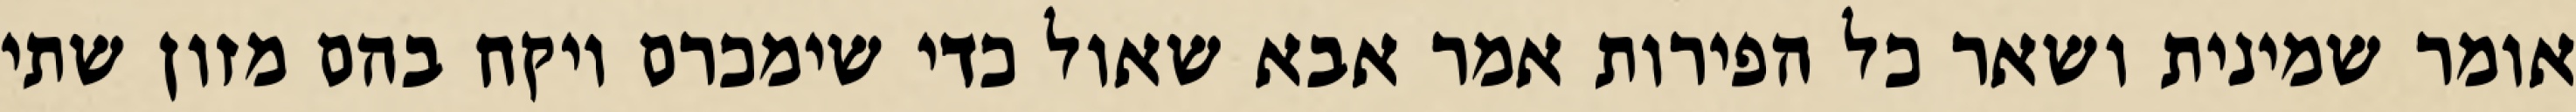
אומר שמינית ושאר כל הפירות אמר אבא שאול כדי שימכרם ויקח בהם מזון שתי